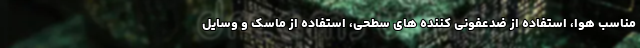
مناسب هوا، استفاده از ضدعفونی کننده های سطحی، استفاده از ماسک و وسایل